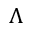
\Lambda